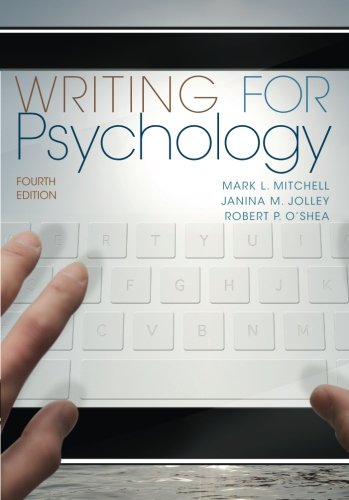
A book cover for Writing for Psychology; Mark L. Mitchell; Health, Fitness & Dieting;